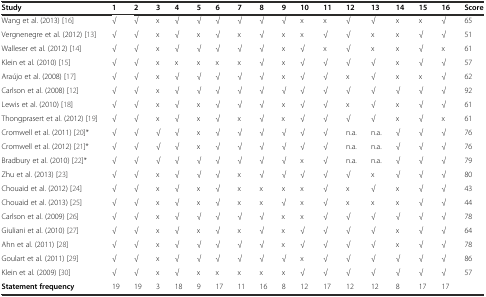
<table><thead><tr><td><b>Study</b></td><td><b>1</b></td><td><b>2</b></td><td><b>3</b></td><td><b>4</b></td><td><b>5</b></td><td><b>6</b></td><td><b>7</b></td><td><b>8</b></td><td><b>9</b></td><td><b>10</b></td><td><b>11</b></td><td><b>12</b></td><td><b>13</b></td><td><b>14</b></td><td><b>15</b></td><td><b>16</b></td><td><b>Score</b></td></tr></thead><tbody><tr><td>Wang et al. (2013) [16]</td><td>√</td><td>√</td><td>x</td><td>√</td><td>√</td><td>√</td><td>√</td><td>√</td><td>√</td><td>x</td><td>x</td><td>√</td><td>√</td><td>x</td><td>x</td><td>√</td><td>65</td></tr><tr><td>Vergnenegre et al. (2012) [13]</td><td>√</td><td>√</td><td>x</td><td>√</td><td>x</td><td>√</td><td>x</td><td>√</td><td>x</td><td>x</td><td>√</td><td>√</td><td>x</td><td>x</td><td>√</td><td>√</td><td>51</td></tr><tr><td>Walleser et al. (2012) [14]</td><td>√</td><td>√</td><td>x</td><td>√</td><td>√</td><td>√</td><td>√</td><td>√</td><td>x</td><td>√</td><td>x</td><td>√</td><td>x</td><td>x</td><td>√</td><td>x</td><td>61</td></tr><tr><td>Klein et al. (2010) [15]</td><td>√</td><td>√</td><td>x</td><td>x</td><td>x</td><td>x</td><td>x</td><td>√</td><td>x</td><td>√</td><td>√</td><td>√</td><td>√</td><td>x</td><td>√</td><td>√</td><td>57</td></tr><tr><td>Araújo et al. (2008) [17]</td><td>√</td><td>√</td><td>x</td><td>√</td><td>√</td><td>√</td><td>√</td><td>√</td><td>x</td><td>√</td><td>√</td><td>x</td><td>√</td><td>x</td><td>x</td><td>√</td><td>62</td></tr><tr><td>Carlson et al. (2008) [12]</td><td>√</td><td>√</td><td>x</td><td>√</td><td>√</td><td>√</td><td>√</td><td>√</td><td>√</td><td>√</td><td>√</td><td>√</td><td>√</td><td>√</td><td>√</td><td>√</td><td>92</td></tr><tr><td>Lewis et al. (2010) [18]</td><td>√</td><td>√</td><td>x</td><td>√</td><td>x</td><td>√</td><td>√</td><td>√</td><td>x</td><td>√</td><td>√</td><td>x</td><td>√</td><td>x</td><td>√</td><td>√</td><td>61</td></tr><tr><td>Thongprasert et al. (2012) [19]</td><td>√</td><td>√</td><td>x</td><td>√</td><td>x</td><td>√</td><td>x</td><td>√</td><td>x</td><td>√</td><td>√</td><td>√</td><td>√</td><td>x</td><td>√</td><td>x</td><td>61</td></tr><tr><td>Cromwell et al. (2011) [20]*</td><td>√</td><td>√</td><td>√</td><td>√</td><td>x</td><td>√</td><td>√</td><td>√</td><td>√</td><td>√</td><td>√</td><td>n.a.</td><td>n.a.</td><td>√</td><td>√</td><td>√</td><td>76</td></tr><tr><td>Cromwell et al. (2012) [21]*</td><td>√</td><td>√</td><td>√</td><td>√</td><td>x</td><td>√</td><td>√</td><td>√</td><td>√</td><td>√</td><td>√</td><td>n.a.</td><td>n.a.</td><td>√</td><td>√</td><td>√</td><td>76</td></tr><tr><td>Bradbury et al. (2010) [22]*</td><td>√</td><td>√</td><td>√</td><td>√</td><td>√</td><td>√</td><td>√</td><td>√</td><td>√</td><td>x</td><td>√</td><td>n.a.</td><td>n.a.</td><td>√</td><td>√</td><td>√</td><td>79</td></tr><tr><td>Zhu et al. (2013) [23]</td><td>√</td><td>√</td><td>x</td><td>√</td><td>√</td><td>√</td><td>x</td><td>√</td><td>√</td><td>√</td><td>√</td><td>√</td><td>x</td><td>√</td><td>√</td><td>√</td><td>80</td></tr><tr><td>Chouaid et al. (2012) [24]</td><td>√</td><td>√</td><td>x</td><td>√</td><td>x</td><td>√</td><td>x</td><td>x</td><td>x</td><td>x</td><td>√</td><td>x</td><td>√</td><td>x</td><td>√</td><td>√</td><td>43</td></tr><tr><td>Chouaid et al. (2013) [25]</td><td>√</td><td>√</td><td>x</td><td>√</td><td>x</td><td>√</td><td>x</td><td>x</td><td>√</td><td>x</td><td>√</td><td>x</td><td>x</td><td>x</td><td>√</td><td>√</td><td>44</td></tr><tr><td>Carlson et al. (2009) [26]</td><td>√</td><td>√</td><td>x</td><td>√</td><td>√</td><td>√</td><td>√</td><td>√</td><td>x</td><td>x</td><td>√</td><td>√</td><td>√</td><td>√</td><td>√</td><td>√</td><td>78</td></tr><tr><td>Giuliani et al. (2010) [27]</td><td>√</td><td>√</td><td>x</td><td>√</td><td>x</td><td>√</td><td>x</td><td>√</td><td>x</td><td>√</td><td>√</td><td>√</td><td>√</td><td>x</td><td>√</td><td>√</td><td>64</td></tr><tr><td>Ahn et al. (2011) [28]</td><td>√</td><td>√</td><td>x</td><td>√</td><td>√</td><td>√</td><td>√</td><td>√</td><td>x</td><td>√</td><td>√</td><td>√</td><td>√</td><td>x</td><td>√</td><td>√</td><td>78</td></tr><tr><td>Goulart et al. (2011) [29]</td><td>√</td><td>√</td><td>x</td><td>√</td><td>√</td><td>√</td><td>√</td><td>√</td><td>√</td><td>x</td><td>√</td><td>√</td><td>√</td><td>√</td><td>√</td><td>√</td><td>86</td></tr><tr><td>Klein et al. (2009) [30]</td><td>√</td><td>√</td><td>x</td><td>√</td><td>x</td><td>x</td><td>x</td><td>x</td><td>x</td><td>√</td><td>√</td><td>√</td><td>√</td><td>√</td><td>√</td><td>√</td><td>57</td></tr><tr><td><b>Statement frequency</b></td><td>19</td><td>19</td><td>3</td><td>18</td><td>9</td><td>17</td><td>11</td><td>16</td><td>8</td><td>12</td><td>17</td><td>12</td><td>12</td><td>8</td><td>17</td><td>17</td><td></td></tr></tbody></table>